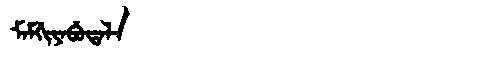
Manchu: ᠮᠠᠮᡤᡳᠶᠠᠪᡠᡨᠠᠯᠠ
Romanization: MAMGIYABUTALA